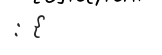
: {